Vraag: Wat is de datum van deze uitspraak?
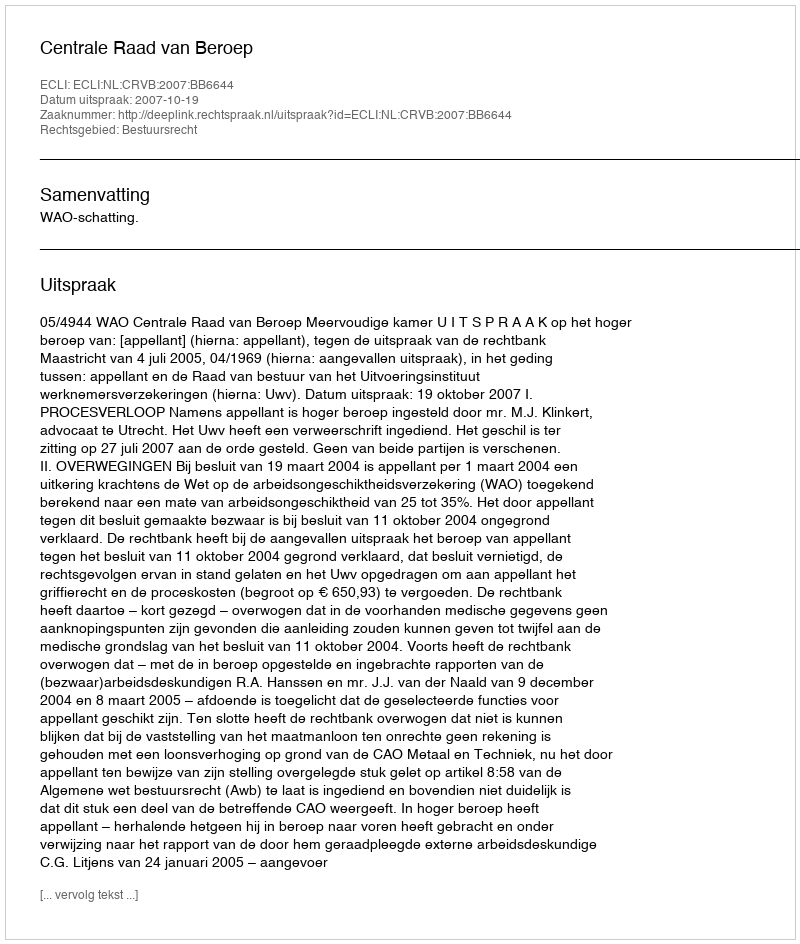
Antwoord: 2007-10-19